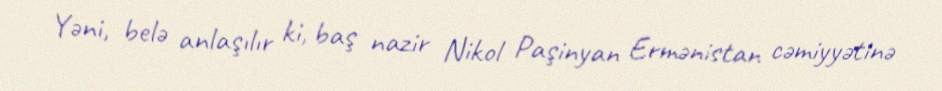
Yəni, belə anlaşılır ki, baş nazir Nikol Paşinyan Ermənistan cəmiyyətinə